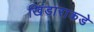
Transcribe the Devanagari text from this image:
खिंडाराकडे